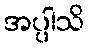
အပ္ပါသိ